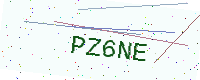
Text: PZ6NE